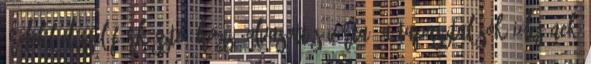
érdeklődéssel fürkészte. Hozzá olvasott s várta, a tapasztalások idejének